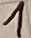
Text: 1